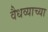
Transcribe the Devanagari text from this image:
वैधव्याच्या